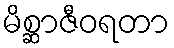
မိစ္ဆာဇီဝရတာ